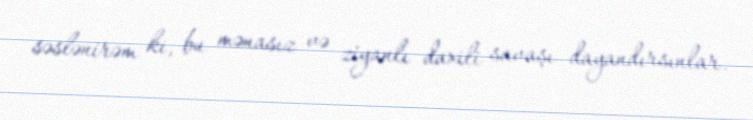
səslənirəm ki, bu mənasız və ziyanlı daxili savaşı dayandırsınlar.